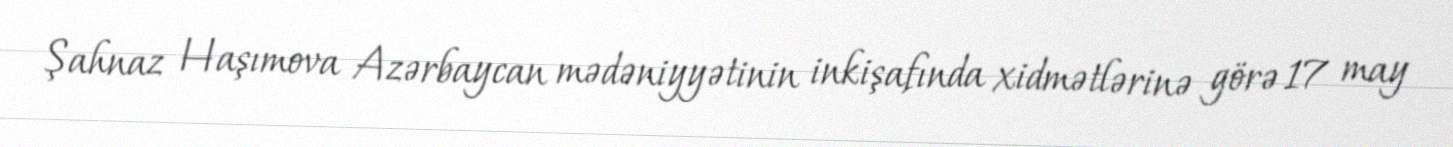
Şahnaz Haşımova Azərbaycan mədəniyyətinin inkişafında xidmətlərinə görə 17 may